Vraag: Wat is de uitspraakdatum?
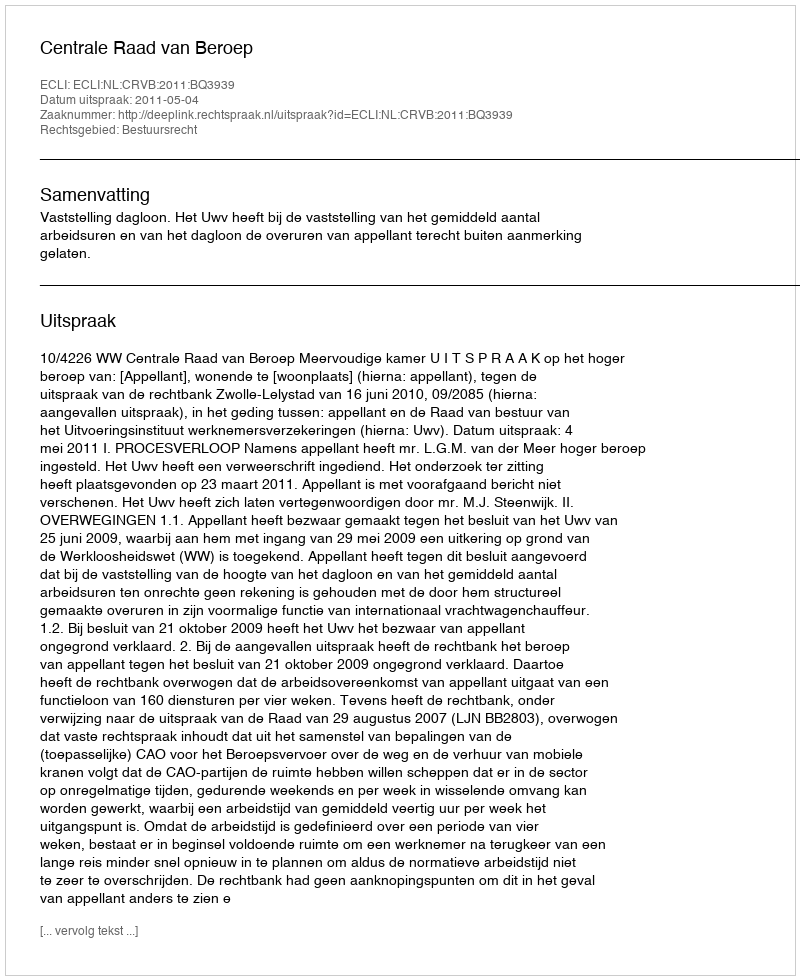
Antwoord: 2011-05-04